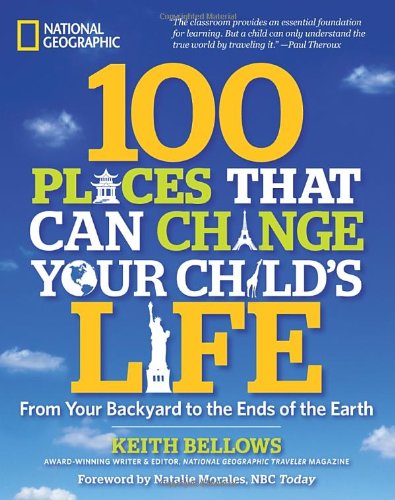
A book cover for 100 Places That Can Change Your Child's Life: From Your Backyard to the Ends of the Earth; Keith Bellows; Education & Teaching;